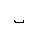
Letter: _ba